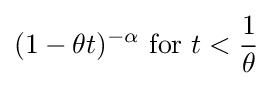
(1-\theta t)^{-\alpha }{\text{ for }}t<{\frac {1}{\theta }}